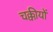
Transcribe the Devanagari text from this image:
चक्कीयों